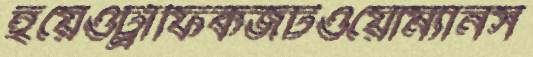
হয়েওট্রাফিকজটওয়োম্যানস